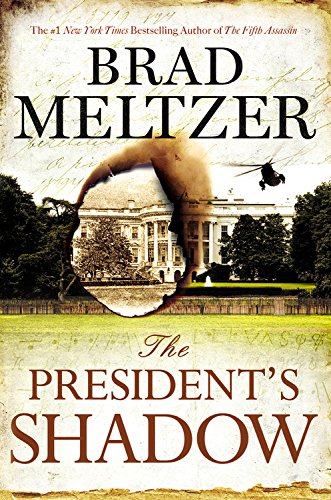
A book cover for The President's Shadow (The Culper Ring Series); Brad Meltzer; Mystery, Thriller & Suspense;